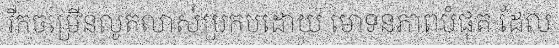
រីកចម្រើនលូតលាស់ប្រកបដោយ មោទនភាពបំផុត ដែល